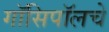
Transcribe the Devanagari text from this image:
गॉसिपॉलचे